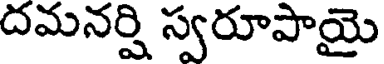
దమనర్షి స్వరూపాయై